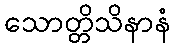
သောတ္တိသိနာနံ